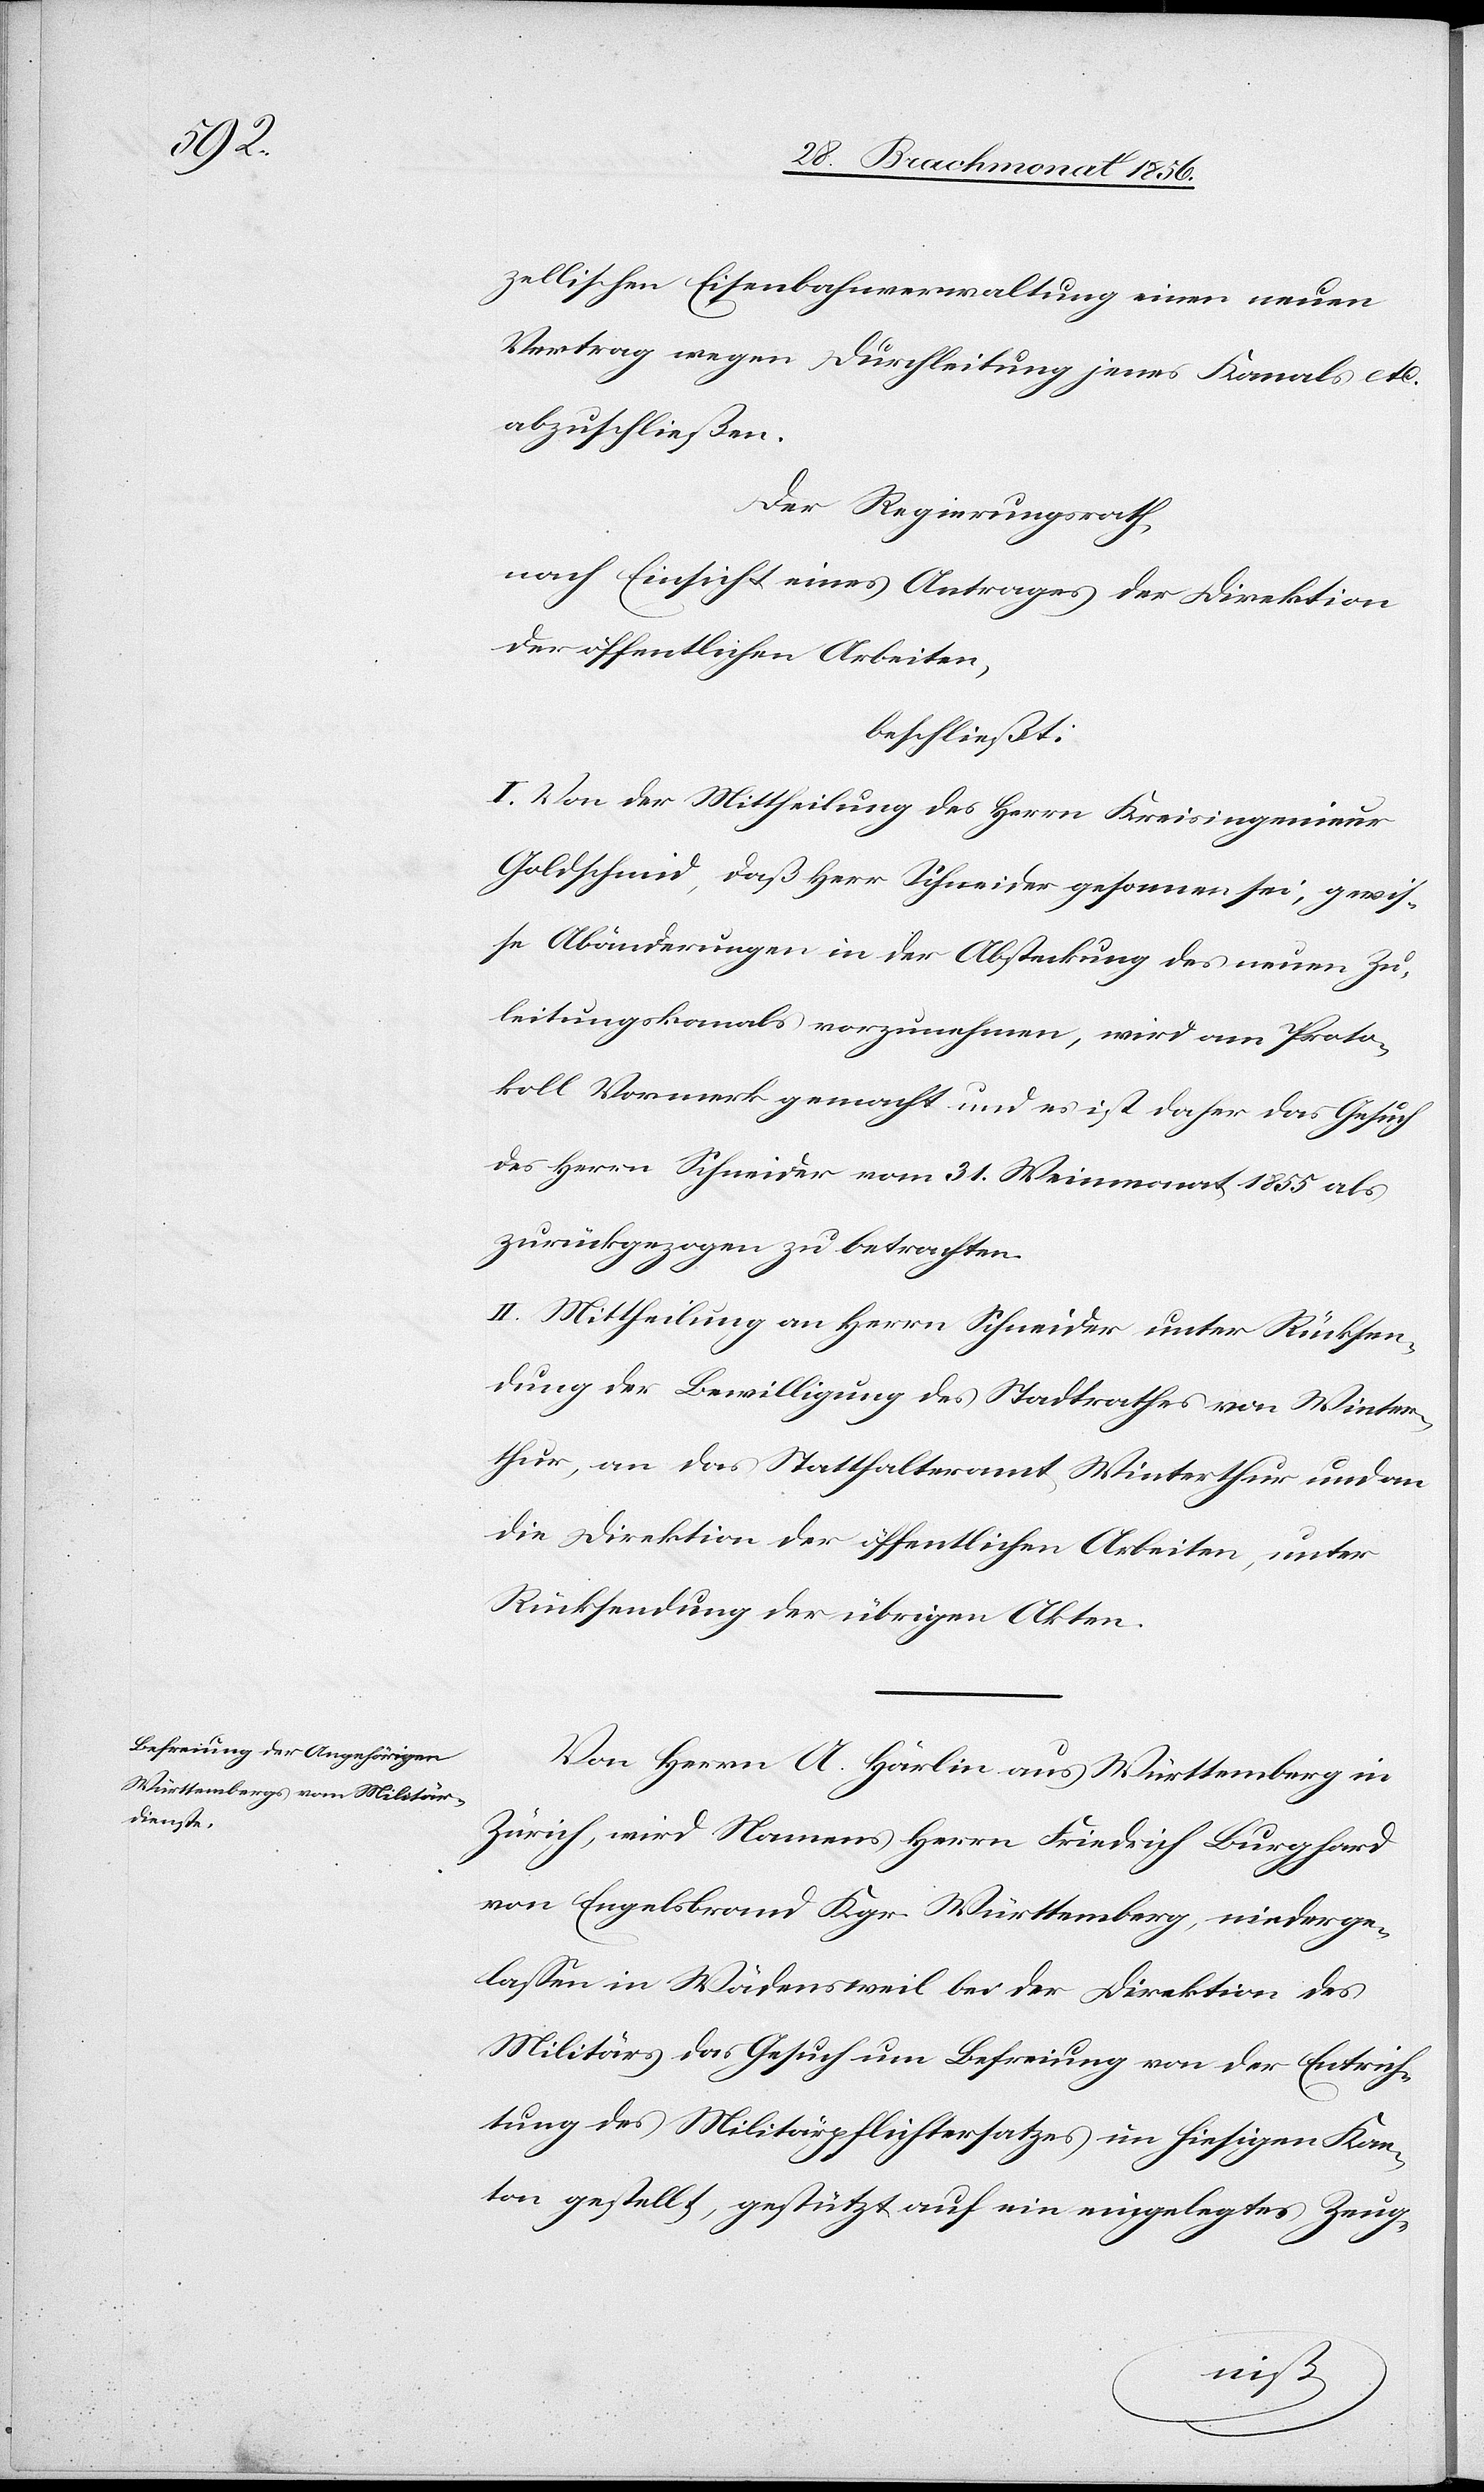
zellischen Eisenbahnverwaltung einen neuen
Vertrag wegen Durchleitung jenes Kanals etc.
abzuschließen.
Der Regierungsrath,
nach Einsicht eines Antrages der Direktion
der öffentlichen Arbeiten,
beschließt:
I. Von der Mittheilung des Herrn Kreisingenieur
Goldschmid, daß Herr Schneider gesonnen sei, gewis¬
se Abänderungen in der Absteckung des neuen Zu¬
leitungskanals vorzunehmen, wird am Proto¬
koll Vormerk gemacht und es ist daher das Gesuch
des Herrn Schneider vom 31. Weinmonat 1855 als
zurückgezogen zu betrachten.
II. Mittheilung an Herrn Schneider unter Rücksen¬
dung der Bewilligung des Stadtrathes von Winter¬
thur, an das Statthalteramt Winterthur und an
die Direktion der öffentlichen Arbeiten, unter
Rücksendung der übrigen Akten.
Von Herrn A. Härlin aus Württemberg in
Zürich, wird Namens Herrn Friedrich Burghard
von Engelsbrand Kgr. Württemberg, niederge¬
lassen in Wädensweil bei der Direktion des
Militärs das Gesuch um Befreiung von der Entrich¬
tung des Militärpflichtersatzes im hiesigen Kan¬
ton gestellt, gestützt auf ein eingelegtes Zeug-